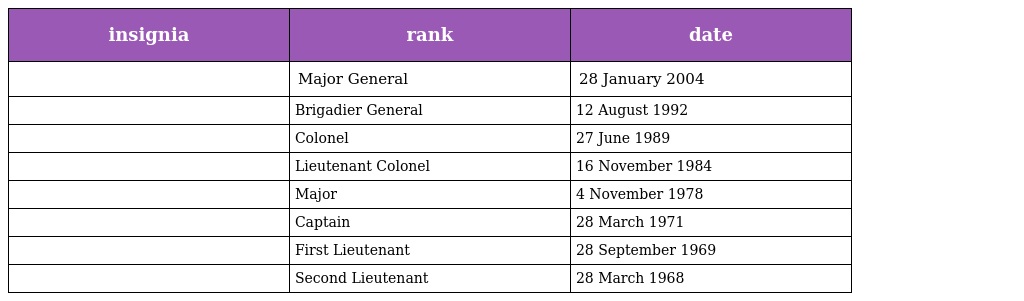
| insignia | rank | date |
 | --- | --- | --- |
 |  | Major General | 28 January 2004 |
 |  | Brigadier General | 12 August 1992 |
 |  | Colonel | 27 June 1989 |
 |  | Lieutenant Colonel | 16 November 1984 |
 |  | Major | 4 November 1978 |
 |  | Captain | 28 March 1971 |
 |  | First Lieutenant | 28 September 1969 |
 |  | Second Lieutenant | 28 March 1968 |